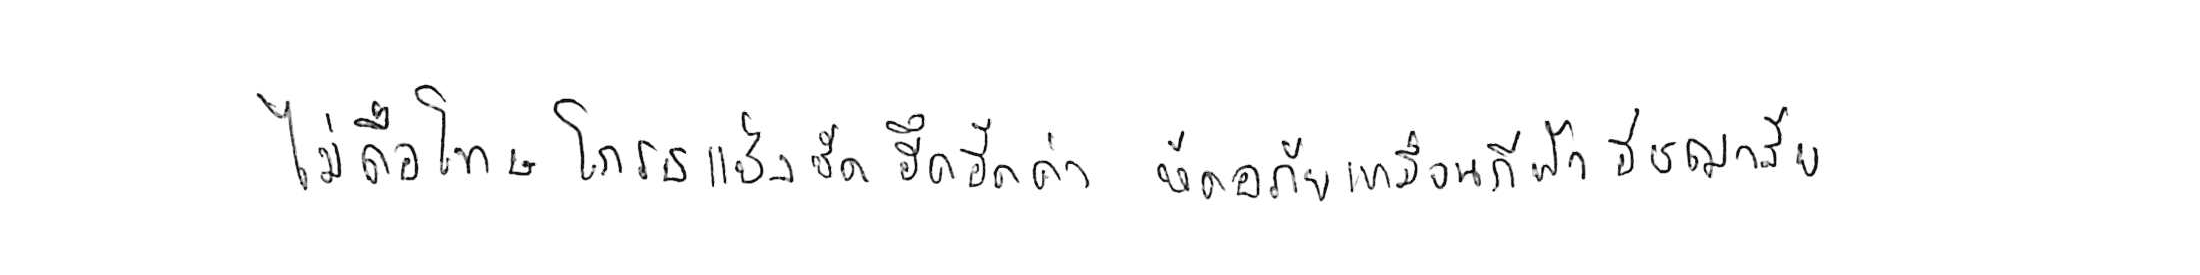
ไม่ถือโทษโกรธแช่งซัดฮึดฮัดด่า หัดอภัยเหมือนกีฬาอัชฌาสัย